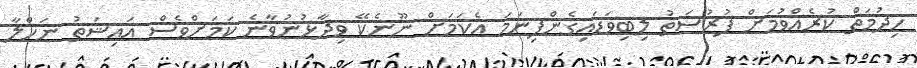
ހިދުމަތް ކުރެއްވުމަށް ފުރުސަތު ލިބިވަޑައިގެންފިނަމަ އެކަމަށް ނޫނެކޭ ވިދާޅުނުވާނެ ކަމަށްވެސް އައިޝަތު ނަހްލާ